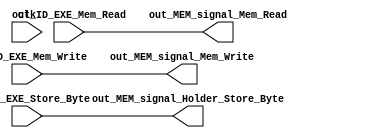
module MEM_signal_Holder(


input out_ID_EXE_Store_Byte,
input out_ID_EXE_Mem_Write,
input out_ID_EXE_Mem_Read,
input clk,


output reg out_MEM_signal_Holder_Store_Byte,
output reg out_MEM_signal_Mem_Write,
output reg out_MEM_signal_Mem_Read
);


always@(*)begin

out_MEM_signal_Holder_Store_Byte = out_ID_EXE_Store_Byte;

out_MEM_signal_Mem_Write = out_ID_EXE_Mem_Write;

out_MEM_signal_Mem_Read = out_ID_EXE_Mem_Read;




end 

endmodule